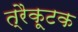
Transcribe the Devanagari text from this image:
त्रैकूटक